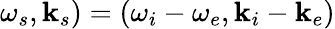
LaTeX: \omega_{s},\mathbf{k}_{s})=(\omega_{i}-\omega_{e},\mathbf{k}_{i}-\mathbf{k}_{e})